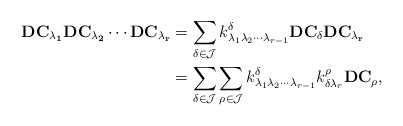
\begin{align*}\bf{DC}_{\lambda_1}\bf{DC}_{\lambda_2}\cdots\bf{DC}_{\lambda_r}&=\sum_{\delta\in \mathcal{J}}k_{\lambda_1\lambda_2\cdots\lambda_{r-1}}^{\delta}\bf{DC}_{\delta}\bf{DC}_{\lambda_r}&\\&=\sum_{\delta\in \mathcal{J}}\sum_{\rho\in \mathcal{J}}k_{\lambda_1\lambda_2\cdots\lambda_{r-1}}^{\delta}k_{\delta\lambda_r}^\rho\bf{DC}_{\rho},\end{align*}